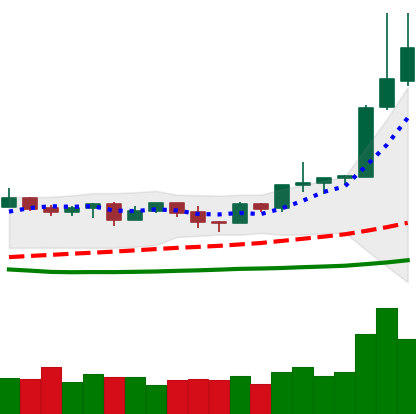
Ticker: NEO-USD
Chart end date: 2019-04-04
Forward return: -4.983%
Label: down_3_5